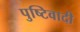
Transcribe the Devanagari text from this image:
पुष्टिवादी